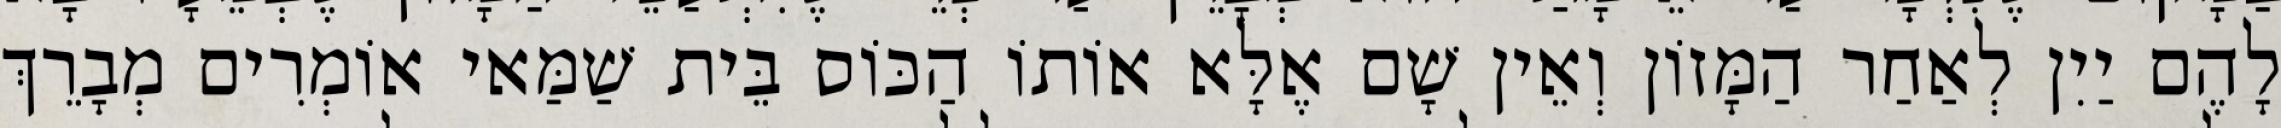
לָהֶם יַיִן לְאַחַר הַמָּזוֹן וְאֵין שָׁם אֶלָּא אוֹתוֹ הַכּוֹס בֵּית שַׁמַּאי אוֹמְרִים מְבָרֵךְ